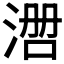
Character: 𰜃